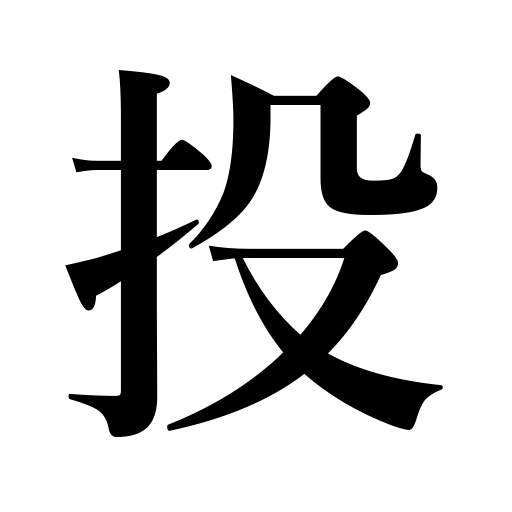
Meanings: give up,throw,sell at a loss,hurl